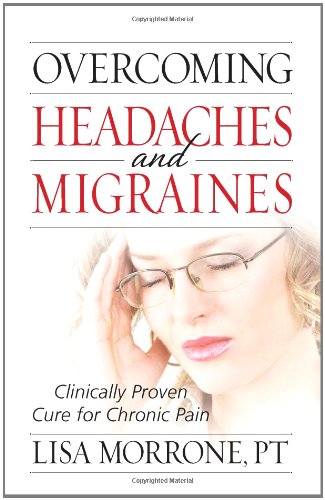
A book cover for Overcoming Headaches and Migraines: Clinically Proven Cure for Chronic Pain; Lisa Morrone; Health, Fitness & Dieting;